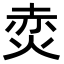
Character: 𭴩